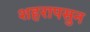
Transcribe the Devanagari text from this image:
शहरापसुन